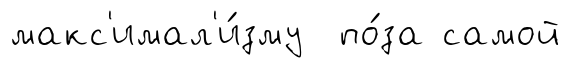
макс'имал'и́зму по́за самой